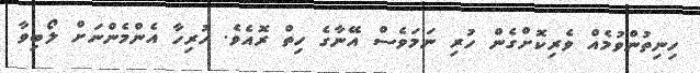
ހިނިތުންވުމެއް ވެރިކޮށްގެން ހުރި ނަމަވެސް އޭނާގެ ހިތް ރޮއެވެ. ހުރިހާ އެންމެންނަށް ލޯބިވާ